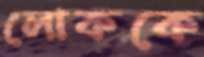
লোককে